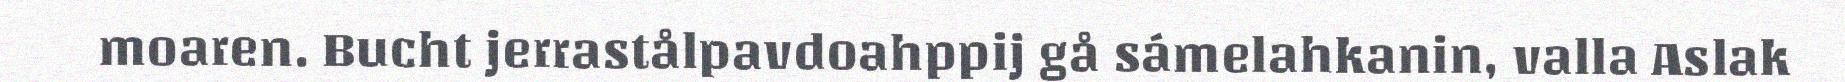
moaren. Bucht jerrastålpavdoahppij gå sámelahkanin, valla Aslak